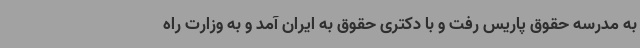
به مدرسه حقوق پاریس رفت و با دکتری حقوق به ایران آمد و به وزارت راه